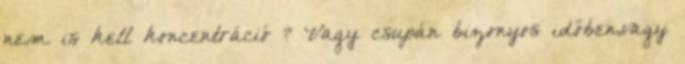
nem is kell koncentráció ? Vagy csupán bizonyos időben,vagy